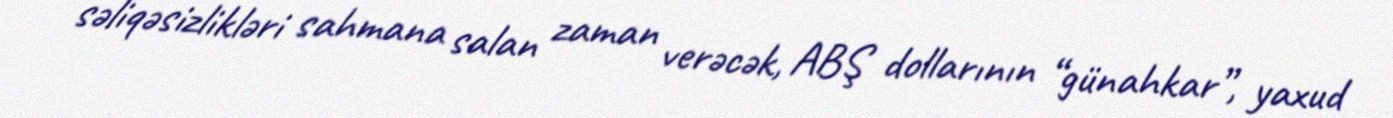
səliqəsizlikləri sahmana salan zaman verəcək, ABŞ dollarının “günahkar”, yaxud